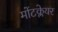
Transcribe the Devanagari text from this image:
मोंटक्लेयर